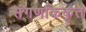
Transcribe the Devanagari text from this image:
संगणकिकृत